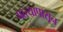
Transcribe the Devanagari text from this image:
पत्त्यापासून